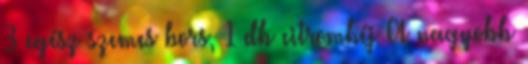
3 egész szemes bors, 1 db citromhéj A nagyobb